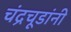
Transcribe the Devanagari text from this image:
चंद्रचूडांनी